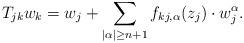
LaTeX: \begin{align*}T_{jk} w_k = w_j+\sum_{|\alpha|\geq n+1}f_{kj, \alpha}(z_j)\cdot w_j^\alpha. \end{align*}